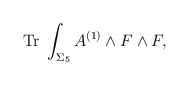
\begin{align*}{\rm Tr}\;\int_{\Sigma_{5}}A^{(1)} \wedge F \wedge F,\end{align*}